system: You are a helpful assistant.
user:
Analyze the provided spectrum to determine if it is a **S-type Star**.

- **Key Indicators for S-type Star:**

    - **(Overall Spectrum Shape):** The first and most obvious characteristic is the overall continuum (the "baseline" shape). It is **extremely "red-sloping,"** meaning the flux (light intensity) is very low on the left side (blue, ~4000-4500 Å) and rises steeply and continuously toward the right side (red, ~7000 Å+).

    - **(Primary):** The spectrum is defined by the presence of strong, broad molecular absorption "valleys" (bands) from **Zirconium Oxide (ZrO)**. The identification of these bands is the **primary requirement** for classifying a star as S-type.
        - **(Key Bandheads):** You must find distinct, deep "dips" where the light has been absorbed. The most critical band systems to locate are:
            - **~6474 Å** ($\gamma$-system): This is often the strongest and clearest ZrO feature, found in the red part of the spectrum.
            - **~5718 Å** & **~5551 Å** ($\beta$-system): A pair of prominent absorption features in the yellow-orange part of the spectrum.
            - **~4640 Å** ($\alpha$-system): A key absorption band system in the blue-green region of the spectrum.

    - **(Secondary Confirmation):** The classification is strengthened by finding additional absorption bands from other related heavy element oxides, which are expected to be present alongside ZrO.
        - **(Key Bandheads):**
            - **Yttrium Oxide (YO):** Look for absorption dips near **~4800 Å** and **~6100 Å**.
            - **Lanthanum Oxide (LaO):** Additional absorption features, particularly in the red-orange part of the spectrum, are also characteristic.

    - **(Line Profile):** The combination of the steep red continuum and these numerous, deep molecular bands (ZrO, YO, etc.) gives the entire spectrum a very **"chopped-up"** or **"bumpy"** appearance. Instead of a smooth curve, the spectrum looks as though large, wide chunks of light have been "carved out" of it at the specific wavelengths listed above.

Think first, call **spectral_visualization_tool** if needed to examine features in detail, then provide your final answer. Your response must adhere to the following strict rules:
1.  **Overall Structure:** Your response must follow the format `<think>...</think> <tool_call>...</tool_call> (if a tool is used) <answer>...</answer>`.
2.  **Tool Usage Constraint:** You may only make **one** tool call per turn.
3.  **Final Answer Format:** In the `<answer>` tag, your conclusion must be inside a `\boxed{}` command (e.g., `\boxed{YES}` or `\boxed{NO}`), followed by your justification.

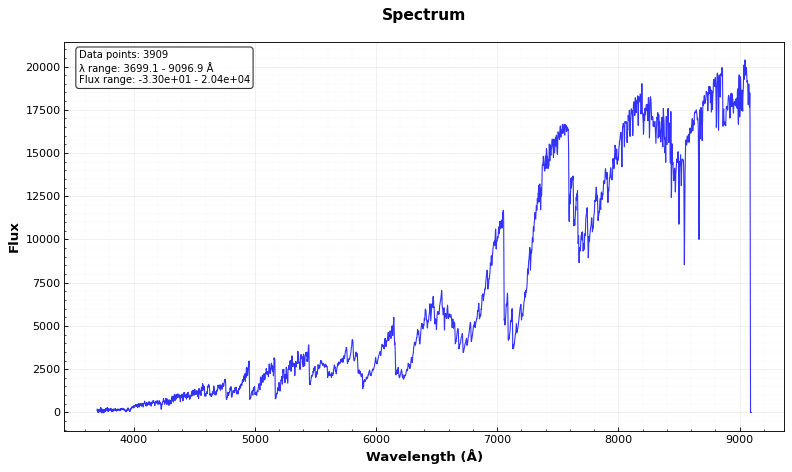
Answer: YES